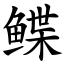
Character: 鲽